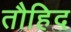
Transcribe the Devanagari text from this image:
तौहिद